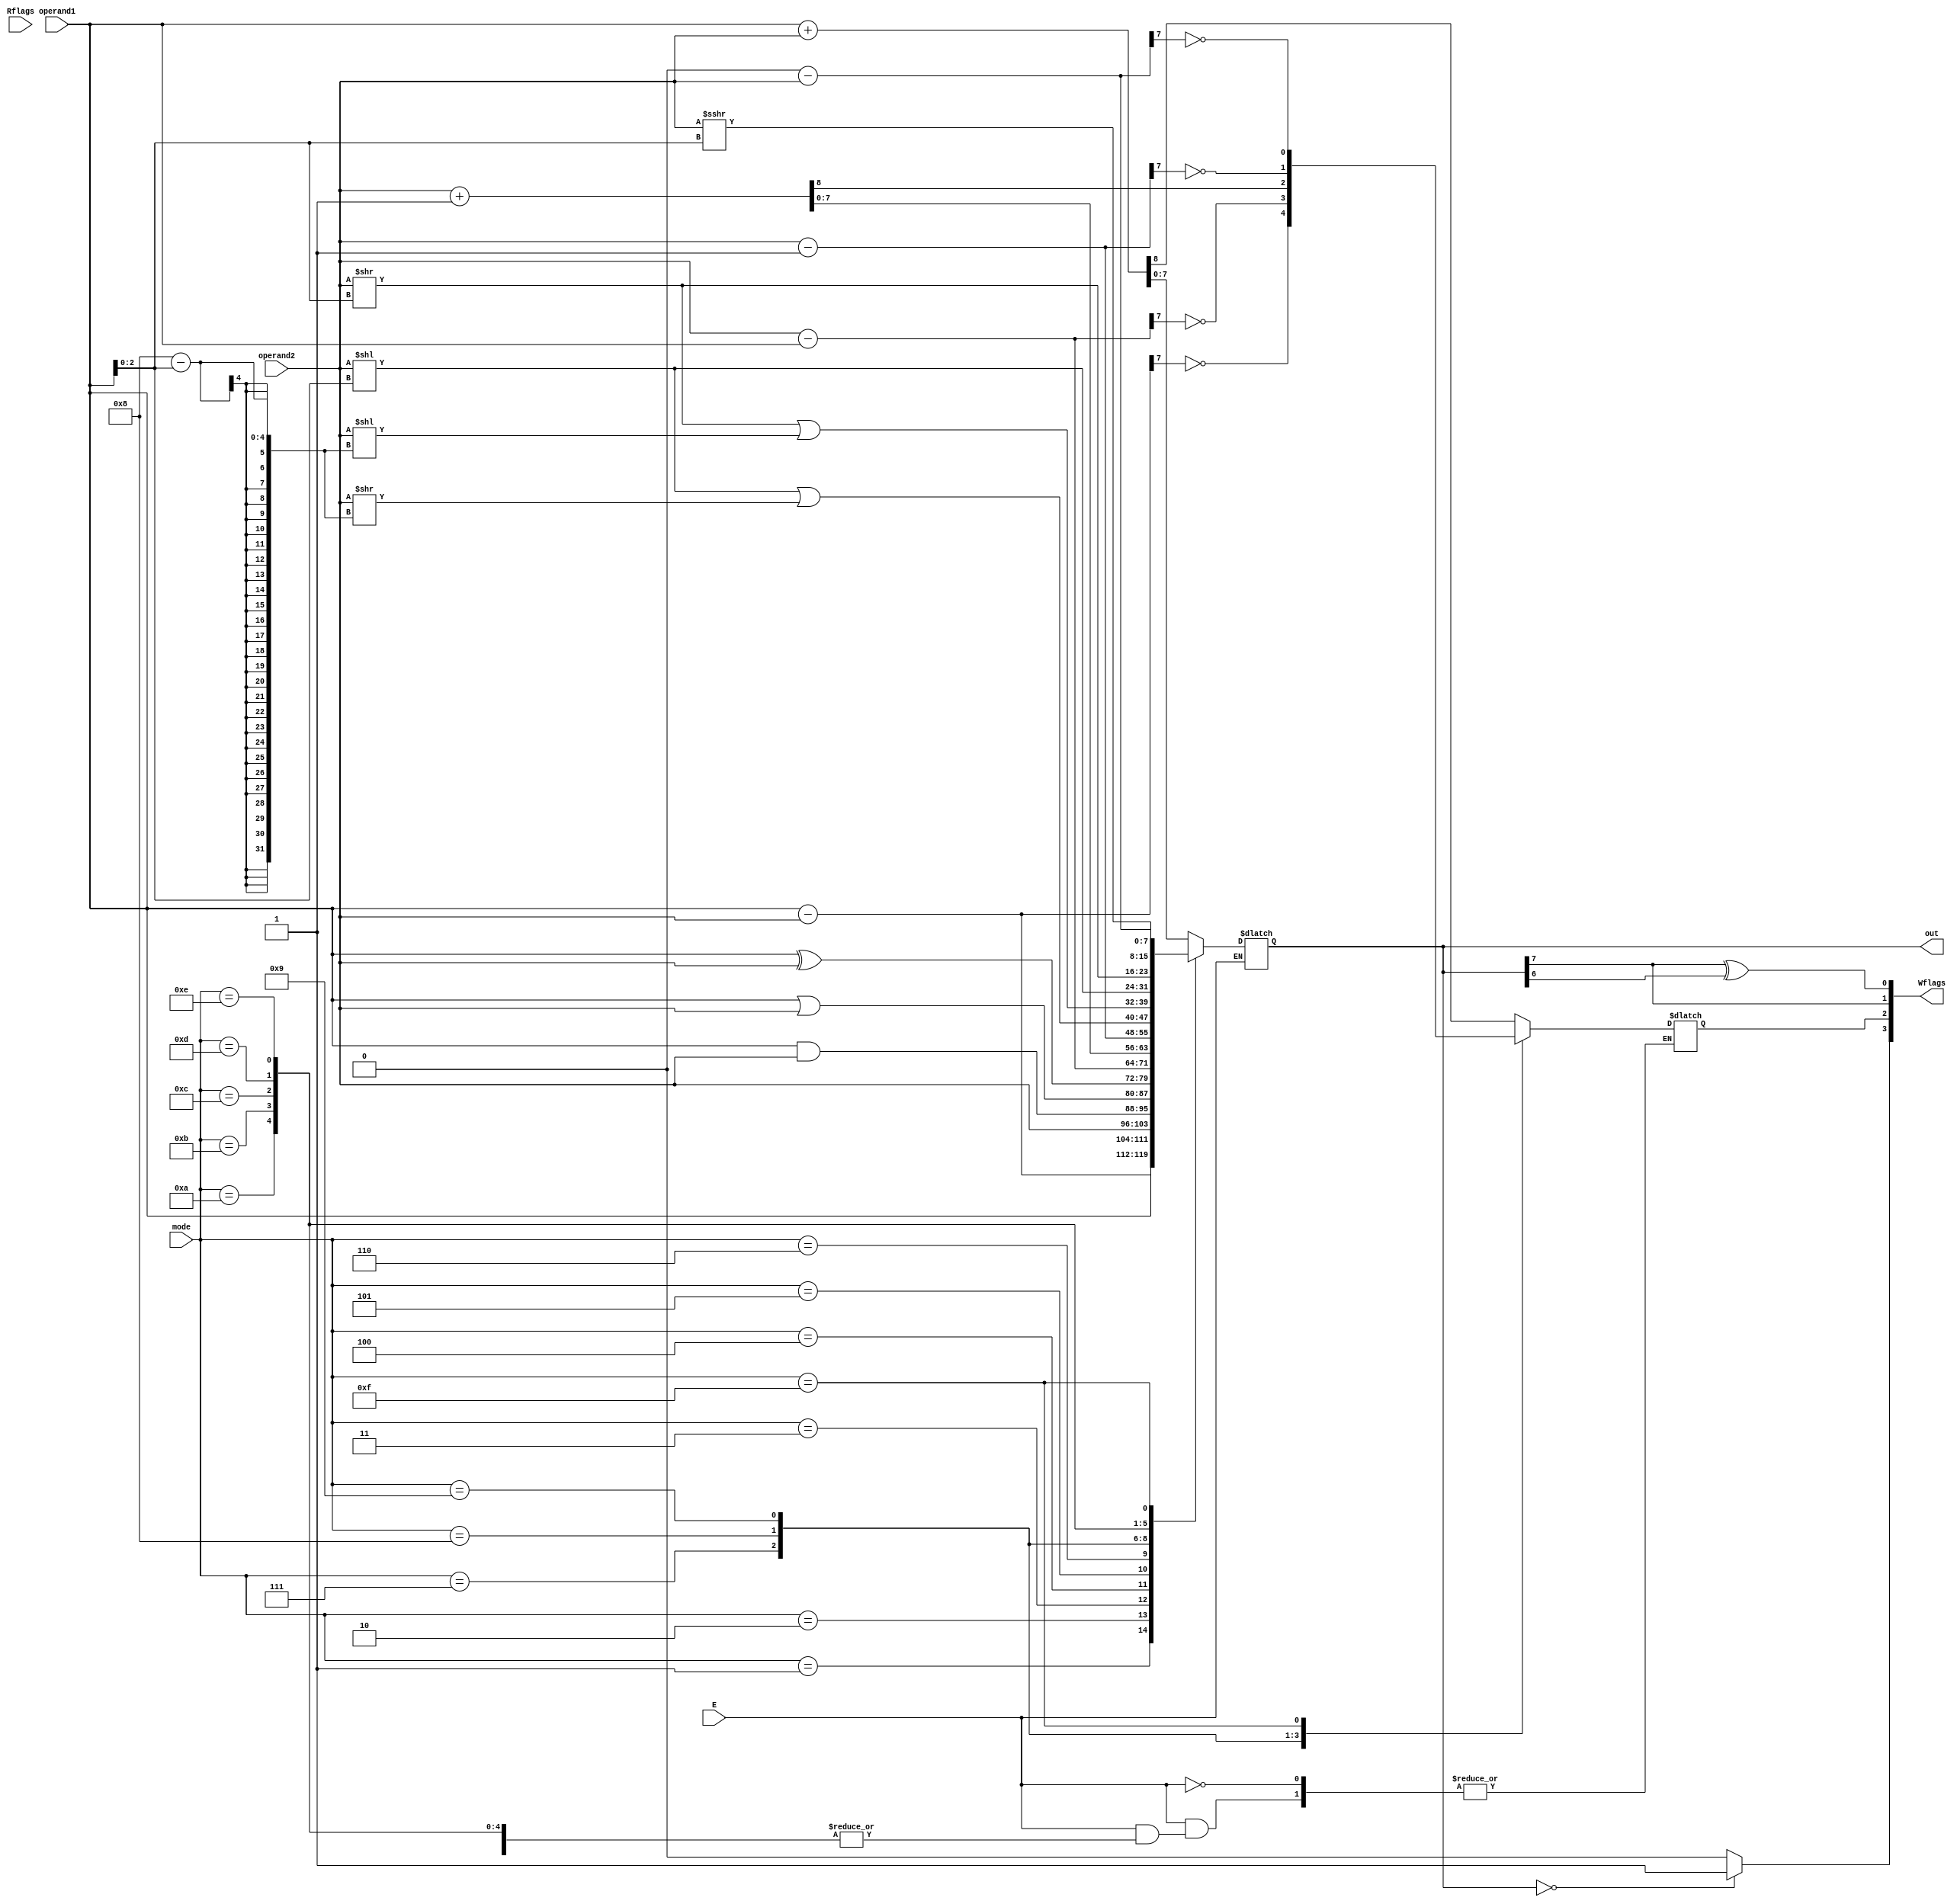
`timescale 1ns / 1ps
//////////////////////////////////////////////////////////////////////////////////
// Company: 
// Engineer: 
// 
// Design Name: 
// Module Name:    ALU 
// Project Name: 
// Target Devices: 
// Tool versions: 
// Description: 
//
// Dependencies: 
//
// Revision: 
// Revision 0.01 - File Created
// Additional Comments: 
//
//////////////////////////////////////////////////////////////////////////////////
  module ALU
   ( input wire [7:0] operand1, operand2,
     input wire [3:0] mode, 
	  input wire E,
	  input wire [3:0] Rflags,
	  output wire [7:0] out,
	  output wire [3:0] Wflags // Z C S O flags in order
    );
     reg carry ; 
	  reg [7:0] ALU_out ;
     wire Z,S,O ;
	  
	  always @*
	   begin
      if( E == 1) 
		 case(mode)
		  4'b0000 : {carry, ALU_out} = operand1 + operand2 ;
        4'b0001 : 
		   begin
			 ALU_out = operand1 - operand2 ;
			 carry = !ALU_out[7] ;
			end
		  4'b0010 : ALU_out = operand1 ;
		  4'b0011 : ALU_out = operand2 ;
		  4'b0100 : ALU_out = operand1 & operand2;
		  4'b0101 : ALU_out = operand1 | operand2;
		  4'b0110 : ALU_out = operand1 ^ operand2;       	  
		  4'b0111 : 
		   begin 
			 ALU_out = operand2 - operand1;
          carry = !ALU_out[7] ;
         end
		  4'b1000 : {carry, ALU_out} = operand2 + 8'd1;	
		  4'b1001 : 
		   begin 
			 ALU_out = operand2 - 1;
          carry = !ALU_out[7];
         end			 
		  4'b1010 : ALU_out = (operand2 << operand1[2:0])|(operand2 >> (8 - operand1[2:0])) ;
		  4'b1011 : ALU_out = (operand2 >> operand1[2:0])|(operand2 << (8 - operand1[2:0])) ;
		  4'b1100 : ALU_out = operand2 << operand1[2:0];
		  4'b1101 : ALU_out = operand2 >> operand1[2:0];
		  4'b1110 : ALU_out = operand2 >>> operand1[2:0];		  
		  4'b1111 : 
		   begin 
			 ALU_out = 8'd0 - operand2;
			 carry = !ALU_out[7];
			end 
		  default : ALU_out = operand2; // same value as accumulator
		 endcase 
		end 
	  
	  assign O = ALU_out[7] ^ ALU_out[6] ;
	  assign Z = (ALU_out == 0)? 1'b1 : 1'b0 ;
	  assign S = ALU_out[7];
	  assign Wflags = {Z, carry, S, O}; 
	  assign out = ALU_out;
	  
	endmodule